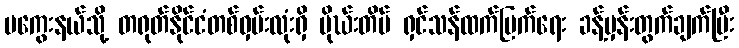
မကွေးနယ်သို့ တရုတ်နိုင်ငံတစ်ဝှမ်းလုံးရှိ မိုဃ်းတိမ် ရှင်သန်ထက်မြက်ရေး ခန့်မှန်းတွက်ချက်ပြီး